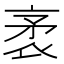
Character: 袤